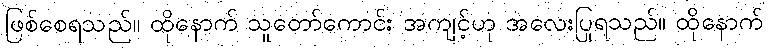
ဖြစ်စေရသည်။ ထိုနောက် သူတော်ကောင်း အကျင့်ဟု အလေးပြုရသည်။ ထိုနောက်